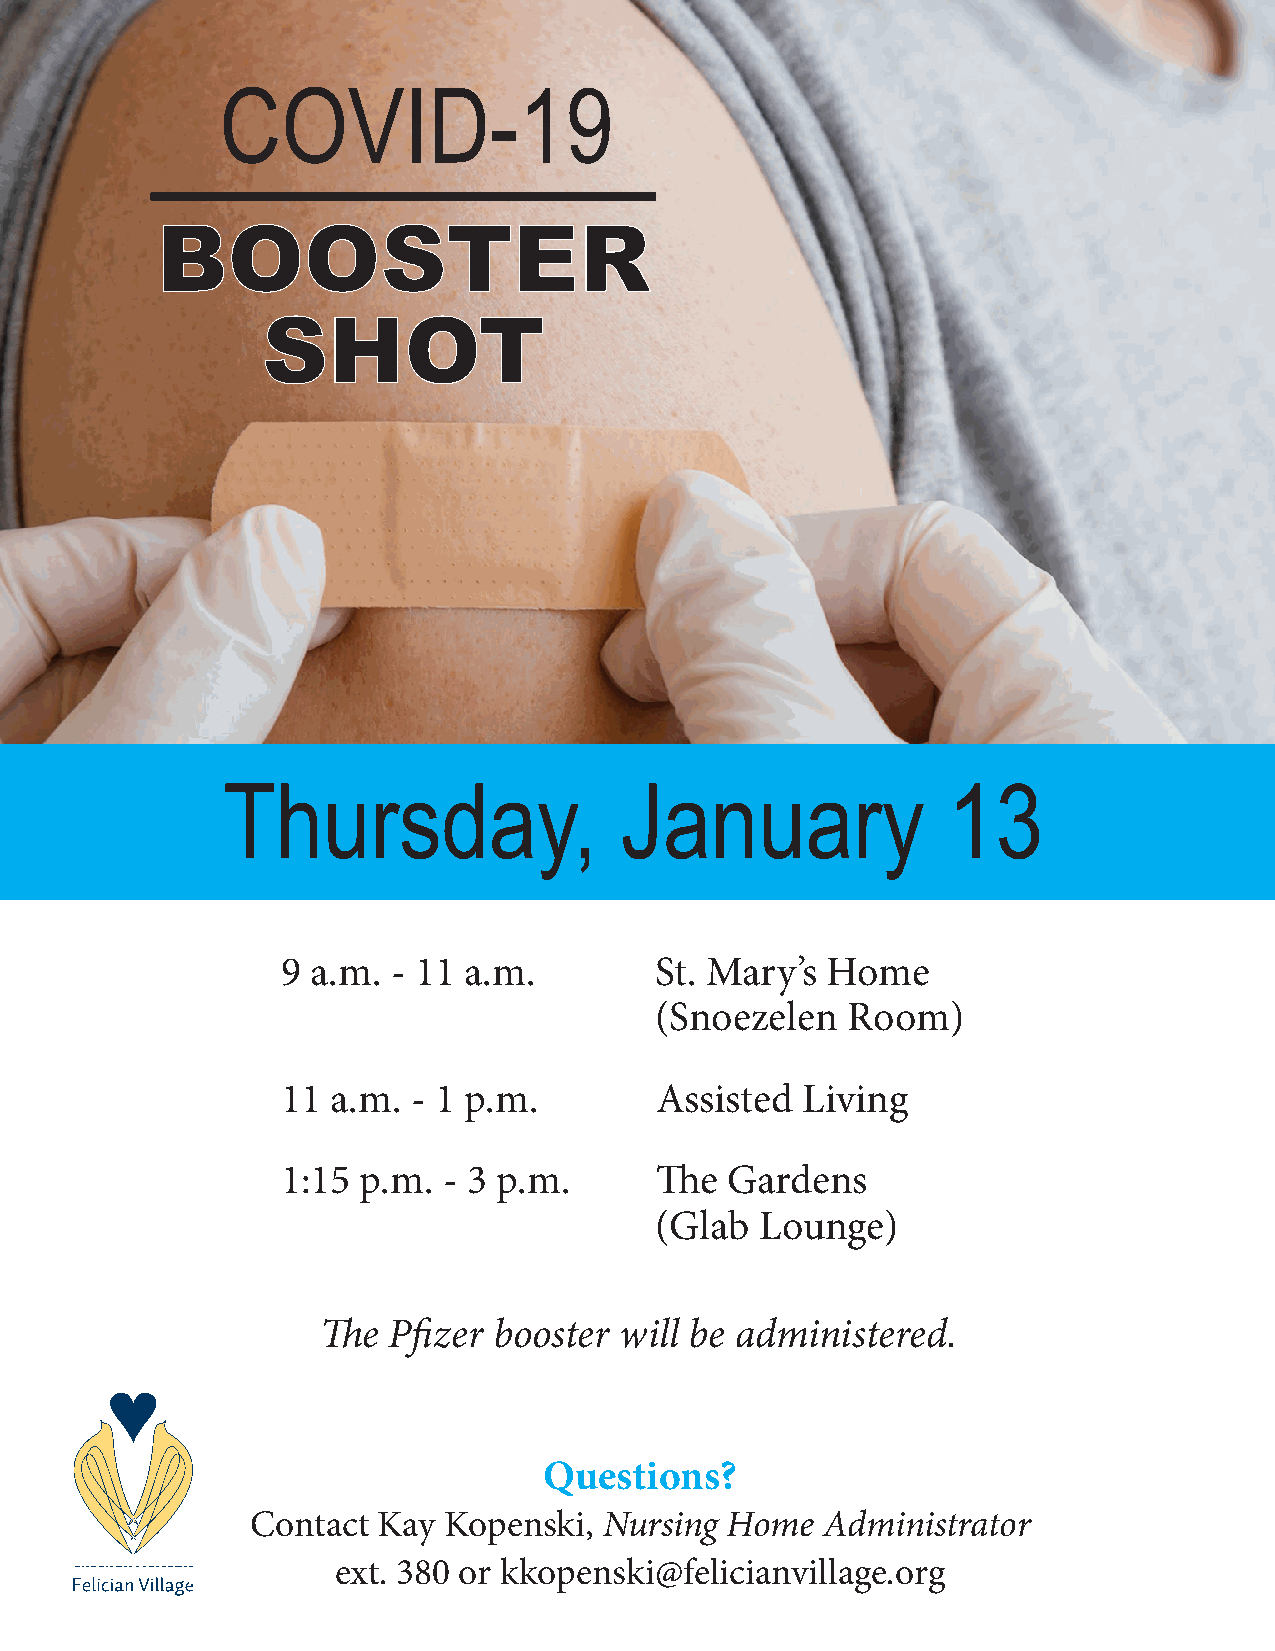
COVID-19
 BOOSTER
 SHOT
 Thursday,                 January               13
 9 a.m. - 11 a.m.        St. Mary’s  Home
 (Snoezelen   Room)
 11 a.m. - 1 p.m.        Assisted  Living
 1:15 p.m. - 3 p.m.      The  Gardens
 (Glab  Lounge)
 The  Pfizer booster will be administered.
 Questions?
 Contact Kay Kopenski,  Nursing Home   Administrator
 felicianvillage.org ext. 380 or kkopenski@felicianvillage.org